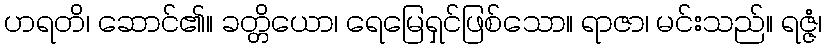
ဟရတိ၊ ဆောင်၏။ ခတ္တိယော၊ ရေမြေရှင်ဖြစ်သော။ ရာဇာ၊ မင်းသည်။ ရဇ္ဇံ၊